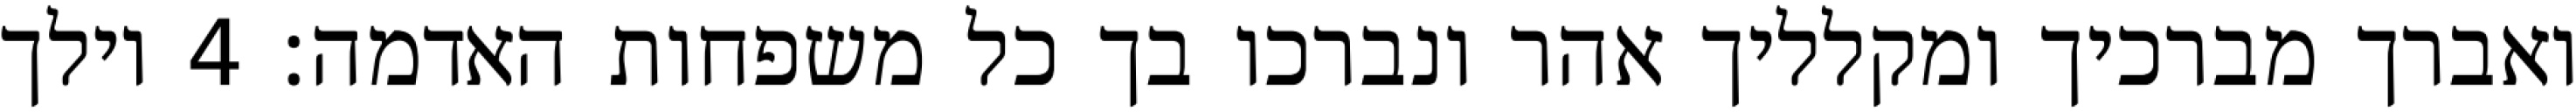
ואברך מברכיך ומקלליך אהר ונברכו בך כל משפחות האדמה׃ ‎4‏ וילך